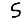
Digit: 5